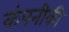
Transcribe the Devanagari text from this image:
कंपनीकी